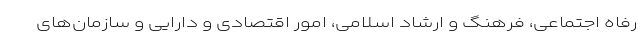
رفاه اجتماعی، فرهنگ و ارشاد اسلامی، امور اقتصادی و دارایی و سازمان‌های